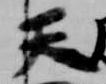
天